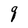
Character: q